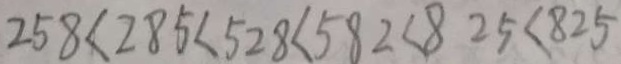
2 5 8 < 2 8 5 < 5 2 8 < 5 8 2 < 8 2 5 < 8 2 5